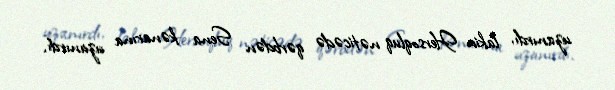
uzanırdı, lakin Hersoqluq nəticədə qərbdən Sena kənarına uzanırdı.